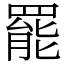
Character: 罷